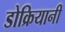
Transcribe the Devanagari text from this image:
डोक्रियानी